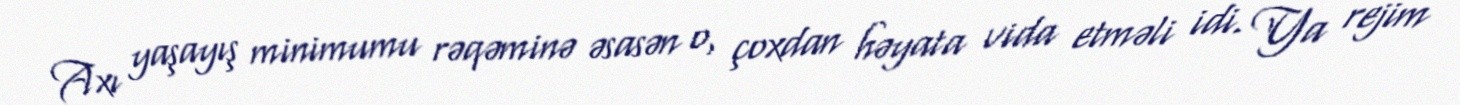
Axı yaşayış minimumu rəqəminə əsasən o, çoxdan həyata vida etməli idi. Ya rejim